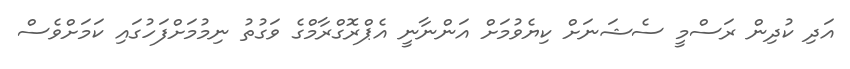
އަދި ކުދިން ރަސްމީ ސެޝަނަށް ކިޔެވުމަށް އަންނާނީ އެޕްރޮގްރާމްގެ ވަގުތު ނިމުމަށްފަހުގައި ކަމަށްވެސް